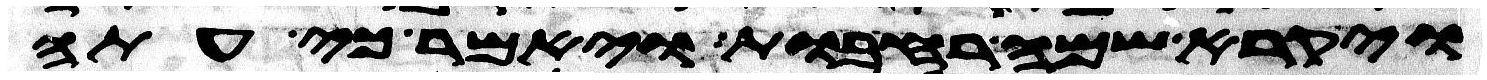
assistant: ויקרא שמה רחבות ויאמר כי עתה